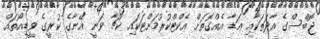
ޖޮބްސްގެ އާދަތަކާއި އަޑާ އެއްގޮތަށް އެކްޓްކުރުމަށްޓަކައި ކުޗާ ވަނީ އޭނާގެ ކުރީގެ ވީޑިއޯތައް